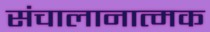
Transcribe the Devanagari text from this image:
संचालानात्मक